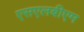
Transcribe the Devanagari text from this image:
एसएलबीएम